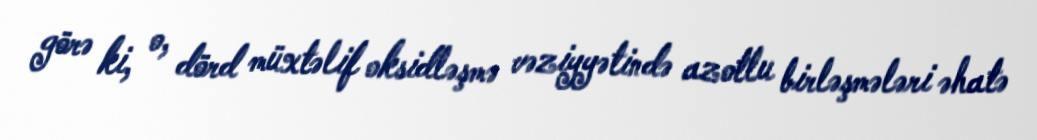
görə ki, o, dörd müxtəlif oksidləşmə vəziyyətində azotlu birləşmələri əhatə